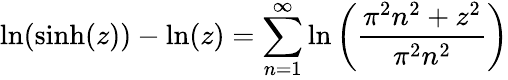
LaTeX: \ln(\sinh(z))-\ln(z)=\sum_{n=1}^{\infty}\ln\left({\frac{\pi^{2}n^{2}+z^{2}}{\pi^{2}n^{2}}}\right)